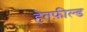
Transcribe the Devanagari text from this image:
हेतफ़ील्ड